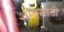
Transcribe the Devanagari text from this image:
शॉपसाठी